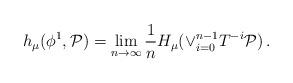
LaTeX: \begin{align*}h_{\mu}(\phi^1,\mathcal{P})=\lim_{n\to\infty}\frac{1}{n}H_{\mu}(\vee_{i=0}^{n-1}T^{-i}\mathcal{P})\,.\end{align*}